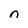
Character: n